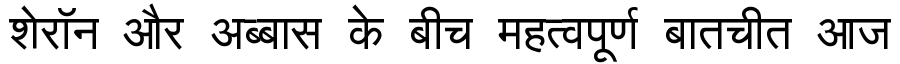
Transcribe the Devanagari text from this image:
शेरॉन और अब्बास के बीच महत्वपूर्ण बातचीत आज